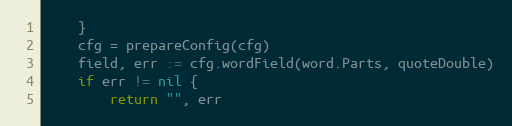
Language: Go
	}
	cfg = prepareConfig(cfg)
	field, err := cfg.wordField(word.Parts, quoteDouble)
	if err != nil {
		return "", err